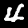
Label: 4